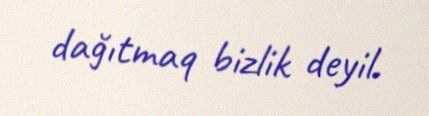
dağıtmaq bizlik deyil.